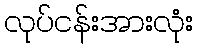
လုပ်ငန်းအားလုံး